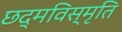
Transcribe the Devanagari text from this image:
छद्मविस्मृति